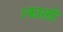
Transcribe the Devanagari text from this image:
।कालो